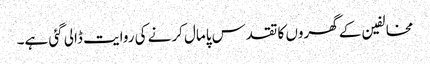
مخالفین کے گھروں کا تقدس پامال کرنے کی روایت ڈالی گئی ہے۔